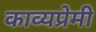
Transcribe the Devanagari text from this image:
काव्यप्रेमी